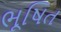
ભૂષિત